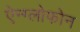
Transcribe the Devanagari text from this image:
ऐन्ग्लोफोन